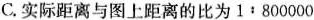
C.实际距离与图上距离的比为$$1:800000$$